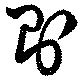
則